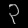
Digit: ၃